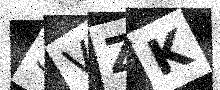
Text: SVZK